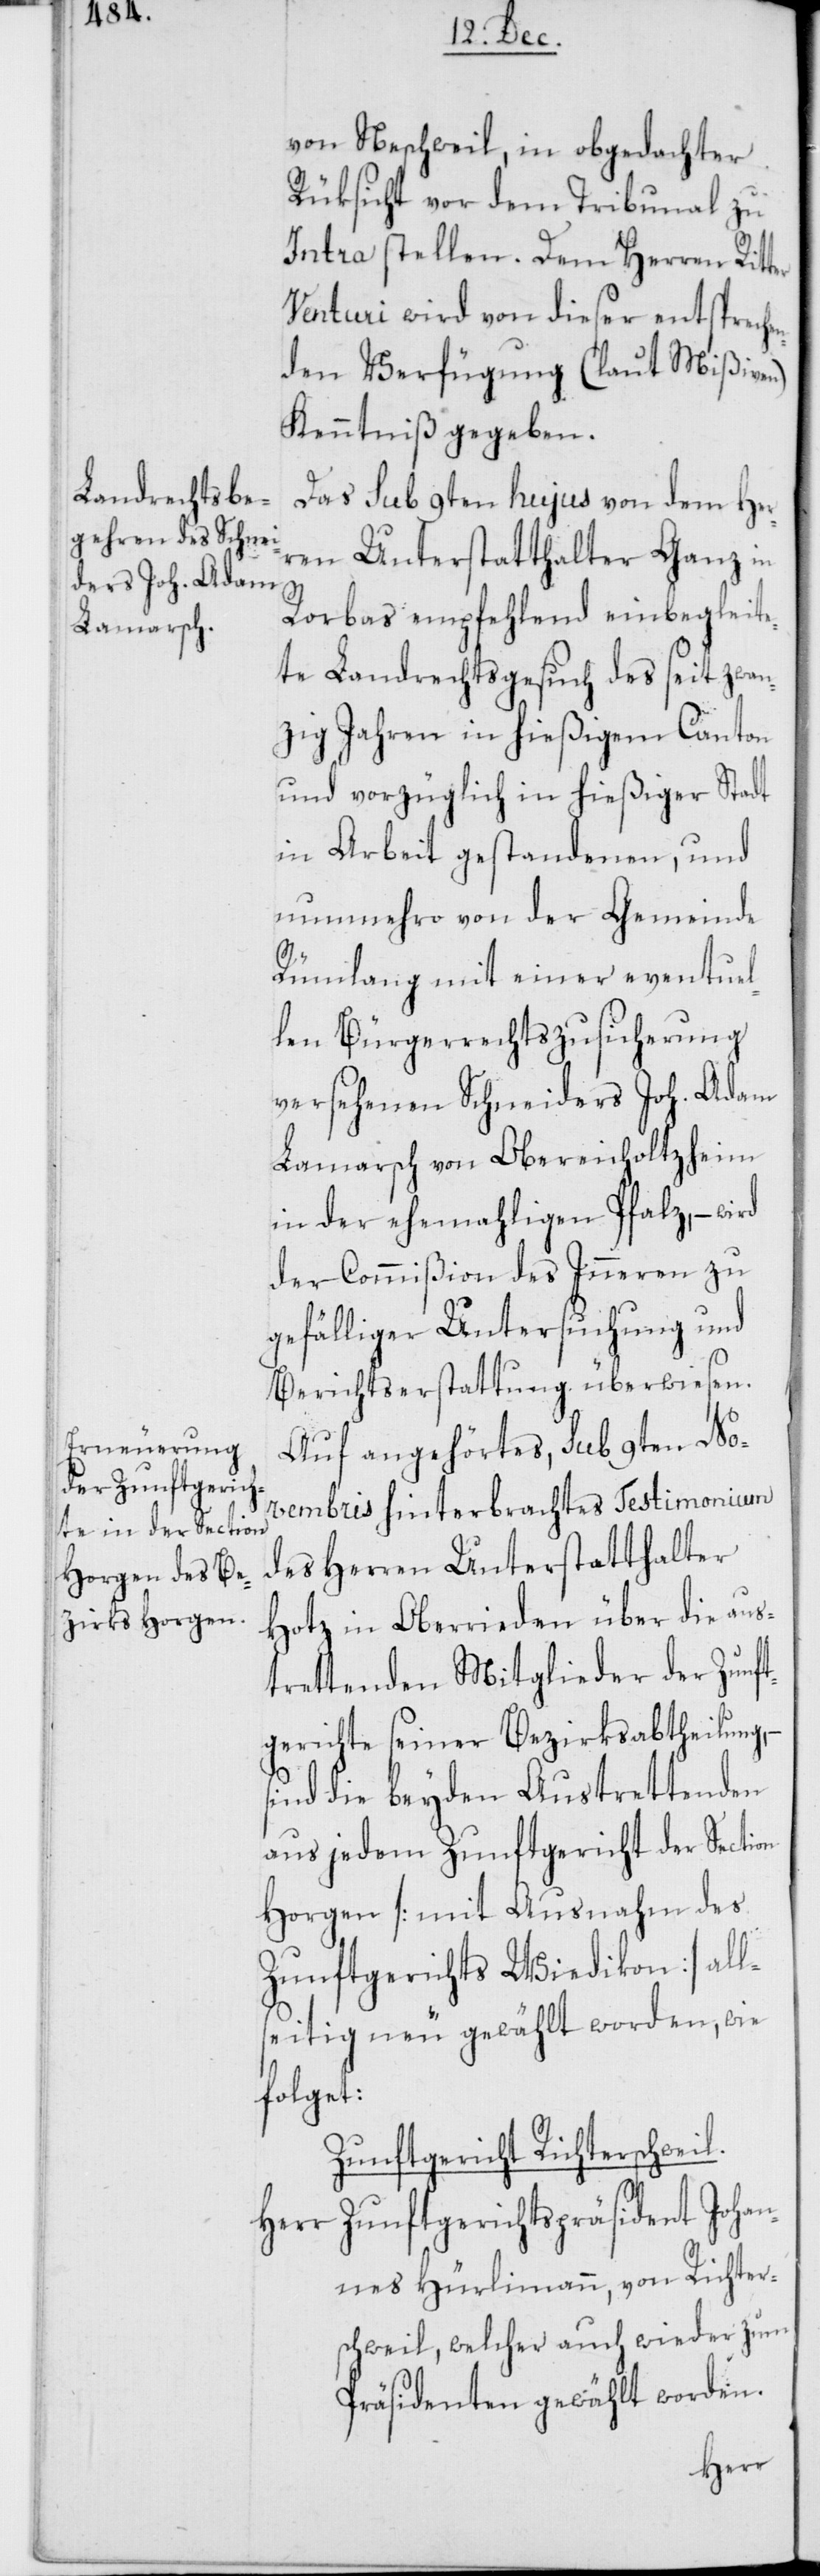
von Neschweil, in obgedachter
Rüksicht vor dem Tribunal zu
Intra stellen. Dem Herren Ritter
Venturi wird von dieser entspreche¬
nden Verfügung (laut Mißiven)
Kenntniß gegeben.
Das sub 9ten hujus von dem Her¬
ren Unterstatthalter Ganz in
Rorbas empfehlend einbegleite¬
te Landrechtsgesuch des seit zwan¬
zig Jahren in hießigem Canton
und vorzüglich in hießiger Stadt
in Arbeit gestandenen, und
nunmehro von der Gemeinde
Rümlang mit einer eventuel¬
len Bürgerrechtszusicherung
versehenen Schneiders Joh. Adam
Lamarsch von Obereicholtzheim
in der ehemahligen Pfalz, – wird
der Commißion des Inneren zu
gefälliger Untersuchung und
Berichtserstattung überwiesen.
Auf angehörtes, sub 9ten No¬
vembris hinterbrachtes Testimonium
des Herren Unterstatthalter
Hotz in Oberrieden über die aus¬
trettenden Mitglieder der Zunft¬
gerichte seiner Bezirksabtheilung,
sind die beyden Austrettenden
aus jedem Zunftgericht der Section
Horgen [mit Ausnahme des
Zunftgerichts Wiedikon] all¬
seitig neu gewählt worden, wie
folget:
Zunftgericht Richterschweil.
Herr Zunftgerichtspräsident Johan¬
nes Hürlimann, von Richter¬
schweil, welcher auch wieder zum
Präsidenten gewählt worden.